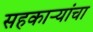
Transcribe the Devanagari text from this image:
सहकाऱ्यांचा